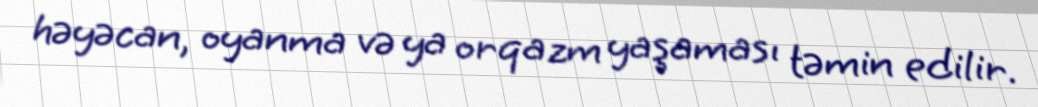
həyəcan, oyanma və ya orqazm yaşaması təmin edilir.